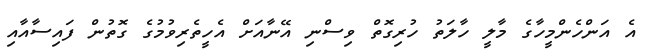
އެ އަންހެންމީހާގެ މާލީ ހާލަތު ހުރިގޮތް ވިސްނި އޭނާއަށް އެހީތެރިވުމުގެ ގޮތުން ފައިސާއާއި